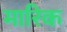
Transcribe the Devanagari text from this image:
मारिक